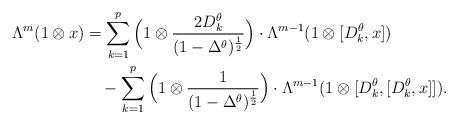
LaTeX: \begin{align*} \Lambda^m(1\otimes x) &= \sum_{k=1}^p\Big(1\otimes \frac{2D_k^\theta}{(1-\Delta^\theta)^{\frac12}}\Big)\cdot \Lambda^{m-1}(1\otimes [D_k^\theta,x])\\ &\quad-\sum_{k=1}^p\Big(1\otimes\frac1{(1-\Delta^\theta)^{\frac12}}\Big)\cdot \Lambda^{m-1}(1\otimes [D_k^\theta,[D_k^\theta,x]]). \end{align*}